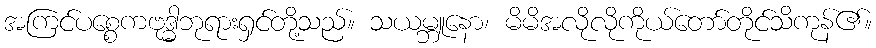
အကြင်ပစ္စေကဗုဒ္ဓါဘုရားရှင်တို့သည်။ သယမ္ဘူနော၊ မိမိအလိုလိုကိုယ်တော်တိုင်သိကုန်၏။